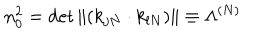
n _ { 0 } ^ { 2 } = \det \| ( k _ { j N } \cdot k _ { l N } ) \| \equiv \Lambda ^ { ( N ) }